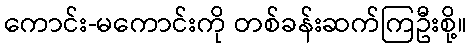
ကောင်း-မကောင်းကို တစ်ခန်းဆက်ကြဦးစို့။